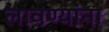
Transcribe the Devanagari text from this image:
लावण्यांना